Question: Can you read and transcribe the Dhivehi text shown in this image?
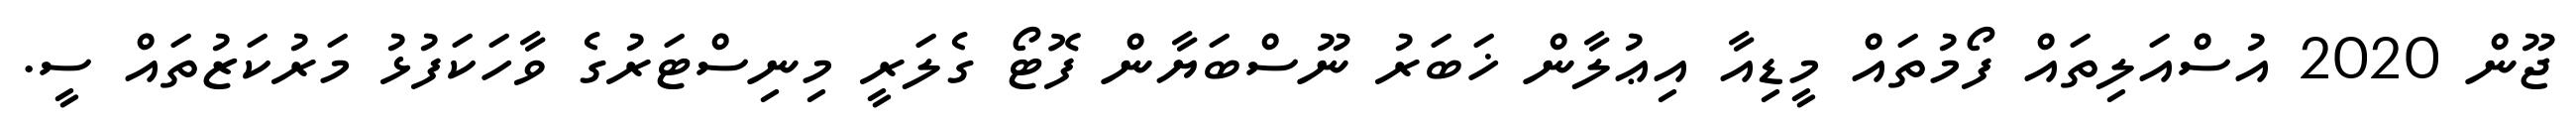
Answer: ޖޫން 2020 އުސްއަލިތައް ފޯމުތައް މީޑިއާ އިޢުލާން ޚަބަރު ނޫސްބަޔާން ފޮޓޯ ގެލަރީ މިނިސްޓަރުގެ ވާހަކަފުޅު މަރުކަޒުތައް ސީ.